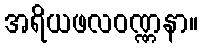
အရိယဖလဝဏ္ဏနာ။